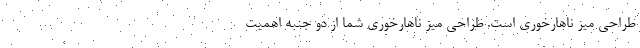
طراحی میز ناهارخوری است. طراحی میز ناهارخوری شما از دو جنبه اهمیت